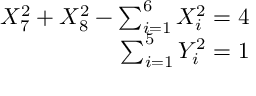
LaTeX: \begin{array} { r } { { X _ { 7 } ^ { 2 } + X _ { 8 } ^ { 2 } - \sum _ { i = 1 } ^ { 6 } X _ { i } ^ { 2 } = 4 } } \\ { { \sum _ { i = 1 } ^ { 5 } Y _ { i } ^ { 2 } = 1 } } \end{array}